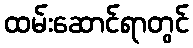
ထမ်းဆောင်ရာတွင်